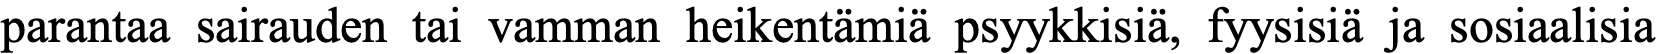
parantaa sairauden tai vamman heikentämiä psyykkisiä, fyysisiä ja sosiaalisia